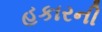
હકારની